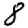
Digit: 8